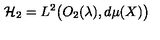
{ \cal H } _ { 2 } = L ^ { 2 } \big ( O _ { 2 } ( \lambda ) , d \mu ( X ) \big )